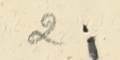
2